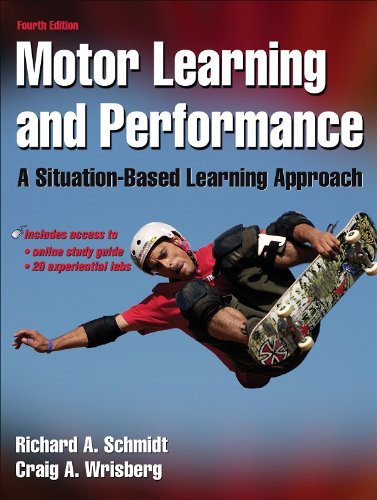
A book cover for Motor Learning and Performance With Web Study Guide - 4th Edition: A Situation-Based Learning Approach; Richard A. Schmidt; Medical Books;